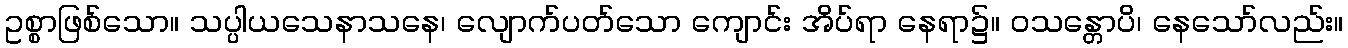
ဥစ္စာဖြစ်သော။ သပ္ပါယသေနာသနေ၊ လျောက်ပတ်သော ကျောင်း အိပ်ရာ နေရာ၌။ ဝသန္တောပိ၊ နေသော်လည်း။